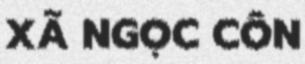
XÃ NGỌC CÔN